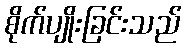
စိုက်ပျိုးခြင်းသည်